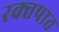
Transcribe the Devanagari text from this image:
रक्‍तपात